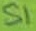
Text: S1